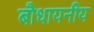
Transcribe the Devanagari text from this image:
बौधायनीय